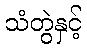
သံတွဲနှင့်